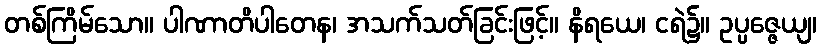
တစ်ကြိမ်သော။ ပါဏာတိပါတေန၊ အသက်သတ်ခြင်းဖြင့်။ နိရယေ၊ ငရဲ၌။ ဥပ္ပဇ္ဇေယျ၊